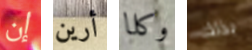
إن أرين وكلا بذلك